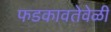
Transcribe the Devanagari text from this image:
फडकावतेवेळी